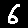
Digit: 6